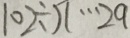
1 0 2 \div x \cdots 2 a